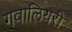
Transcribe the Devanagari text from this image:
गवालियरी